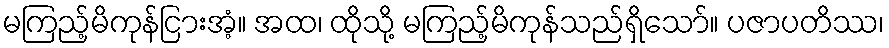
မကြည့်မိကုန်ငြားအံ့။ အထ၊ ထိုသို့ မကြည့်မိကုန်သည်ရှိသော်။ ပဇာပတိဿ၊